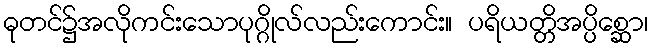
ဓုတင်၌အလိုကင်းသောပုဂ္ဂိုလ်လည်းကောင်း။ ပရိယတ္တိအပ္ပိစ္ဆော၊